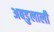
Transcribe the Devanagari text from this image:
अबडुलाली